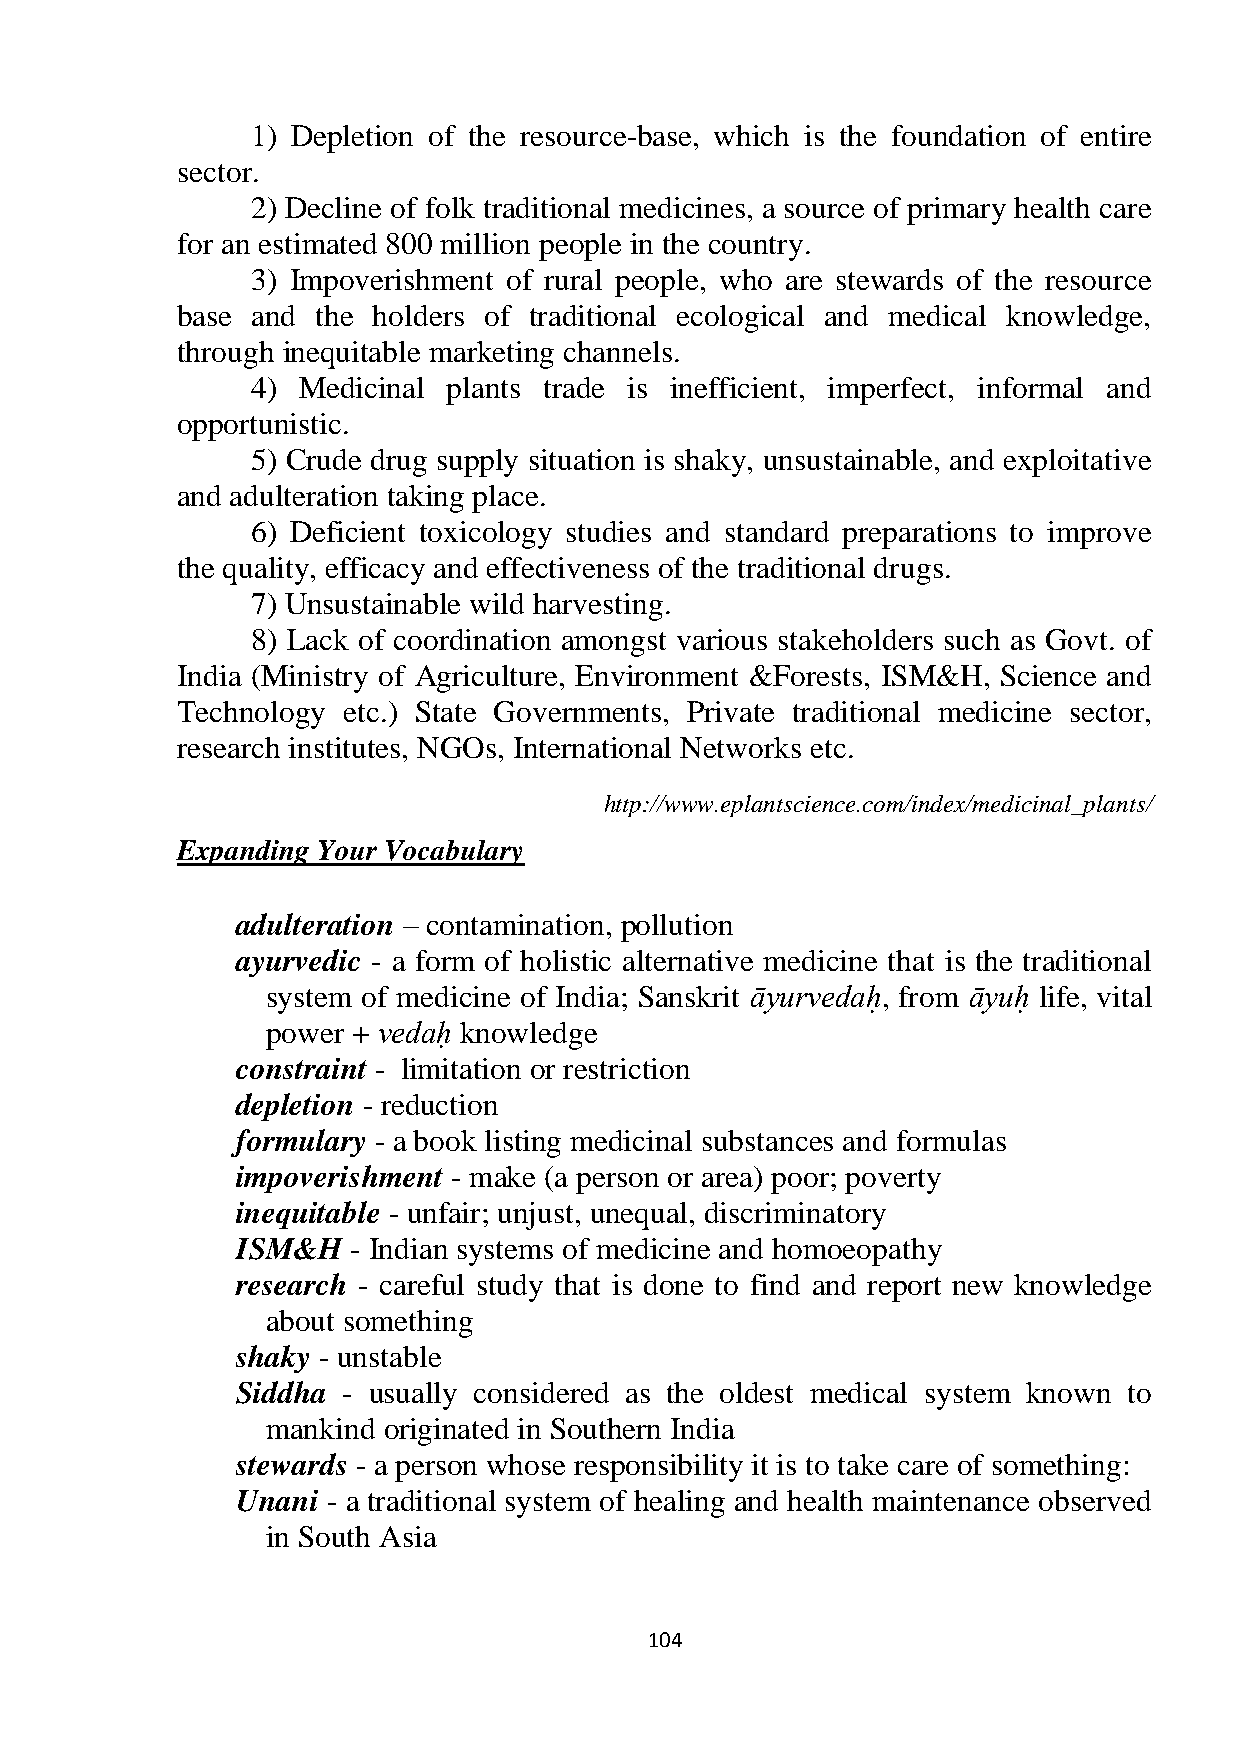
1) Depletion of the resource-base, which is the foundation of entire
 sector.
 2) Decline of folk traditional medicines, a source of primary health care
 for an estimated 800 million people in the country.
 3) Impoverishment of rural people, who are stewards of the resource
 base and the holders of traditional ecological and medical knowledge,
 through inequitable marketing channels.
 4) Medicinal plants trade is inefficient, imperfect, informal and
 opportunistic.
 5) Crude drug supply situation is shaky, unsustainable, and exploitative
 and adulteration taking place.
 6) Deficient toxicology studies and standard preparations to improve
 the quality, efficacy and effectiveness of the traditional drugs.
 7) Unsustainable wild harvesting.
 8) Lack of coordination amongst various stakeholders such as Govt. of
 India (Ministry of Agriculture, Environment &Forests, ISM&H, Science and
 Technology etc.) State Governments, Private traditional medicine sector,
 research institutes, NGOs, International Networks etc.
 http://www.eplantscience.com/index/medicinal_plants/
 Expanding Your Vocabulary
 adulteration – contamination, pollution
 ayurvedic - a form of holistic alternative medicine that is the traditional
 system of medicine of India; Sanskrit āyurvedah,̣ from āyuh ̣life, vital
 power + vedaḥ knowledge
 constraint - limitation or restriction
 depletion - reduction
 formulary - a book listing medicinal substances and formulas
 impoverishment - make (a person or area) poor; poverty
 inequitable - unfair; unjust, unequal, discriminatory
 ISM&H  - Indian systems of medicine and homoeopathy
 research - careful study that is done to find and report new knowledge
 about something
 shaky - unstable
 Siddha - usually considered as the oldest medical system known to
 mankind originated in Southern India
 stewards - a person whose responsibility it is to take care of something:
 Unani - a traditional system of healing and health maintenance observed
 in South Asia
 104